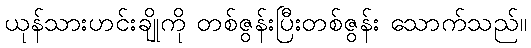
ယုန်သားဟင်းချိုကို တစ်ဇွန်းပြီးတစ်ဇွန်း သောက်သည်။